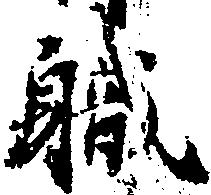
職